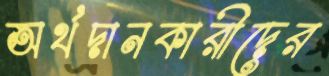
অর্থদানকারীদের